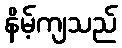
နိမ့်ကျသည်